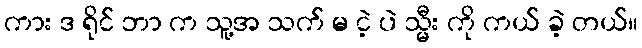
ကား ဒ ရိုင် ဘာ က သူ့အ သက် မ ငဲ့ ပဲ သ္မီး ကို ကယ် ခဲ့ တယ်။